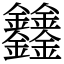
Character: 𨰻